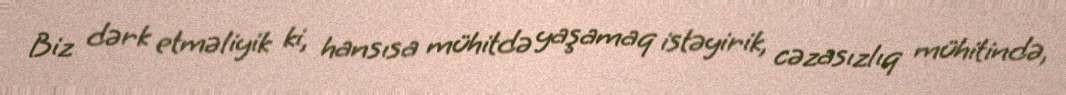
Biz dərk etməliyik ki, hansısa mühitdə yaşamaq istəyirik, cəzasızlıq mühitində,